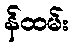
န်ထမ်း